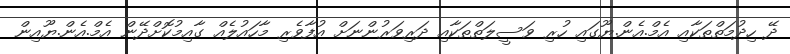
ދޭ ހިދުމަތްތަކާއި އެމް.އެން.ޔޫގައި ހުރި ވަސީލަތްތަކާއި ދަރިވަރުންނަށް އުފާވެރި މާހައުލެއް ގާއިމުކޮށްދޭން އެމް.އެން.ޔޫއިން